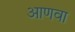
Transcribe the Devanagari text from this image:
आणवा